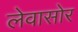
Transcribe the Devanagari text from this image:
लेवासोर